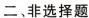
二、非选择题